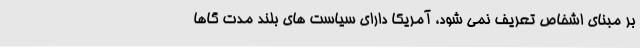
بر مبنای اشخاص تعریف نمی شود، آمریکا دارای سیاست های بلند مدت گاها